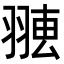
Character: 𦑐